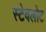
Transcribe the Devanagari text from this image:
स्टेवलोट